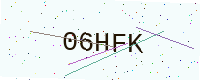
Text: 06HFK